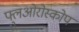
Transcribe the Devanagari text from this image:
फ्लुओरोस्कोप